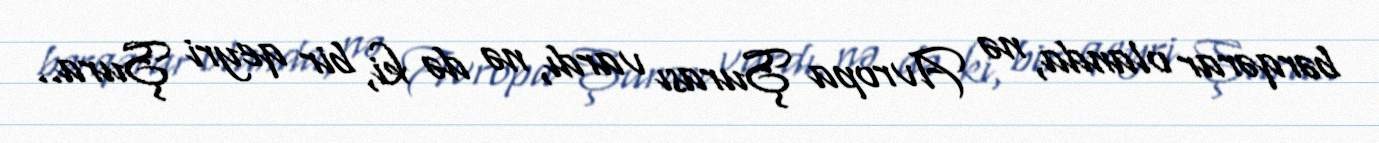
bərqərar olanda, nə Avropa Şurası vardı, nə də ki, bir qeyri Şura..